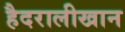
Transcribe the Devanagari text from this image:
हैदरालीखान